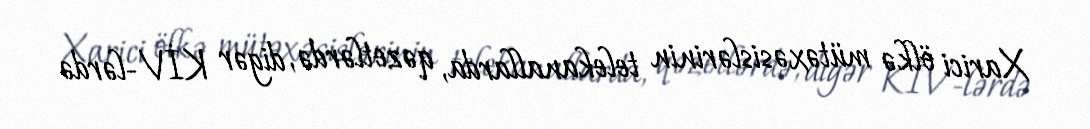
Xarici ölkə mütəxəsislərinin telekanallarda, qəzetlərdə, digər KİV-lərdə